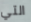
التي